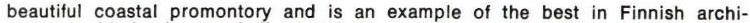
beautiful coastal promontory and is an example of the best in Finnish archi-